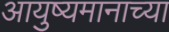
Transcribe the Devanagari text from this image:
आयुष्यमानाच्या